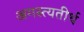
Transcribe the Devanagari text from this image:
अगस्त्यतीर्थ